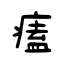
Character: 𤸱